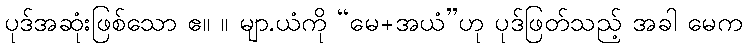
ပုဒ်အဆုံးဖြစ်သော ဧ။ ။ မျာ.ယံကို “မေ+အယံ”ဟု ပုဒ်ဖြတ်သည့် အခါ မေက